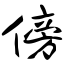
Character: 傍